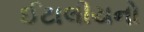
ઈટાલીયનો